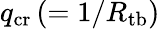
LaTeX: q_{\mathrm{cr}}\, (=1/R_{\mathrm{tb}})